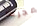
مجرما